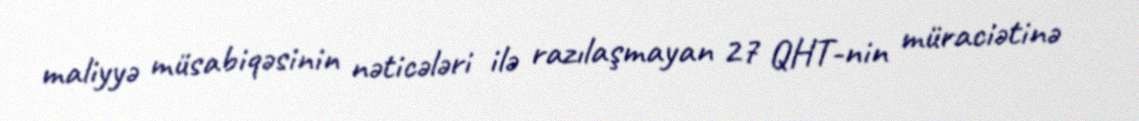
maliyyə müsabiqəsinin nəticələri ilə razılaşmayan 27 QHT-nin müraciətinə